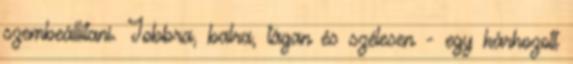
szembeállítani. Jobbra, balra, tágan és szélesen - egy kárhozott